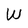
Character: W